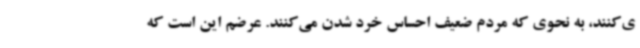
ی‌کنند، به نحوی که مردم ضعیف احساس خرد شدن می‌کنند. عرضم این است که